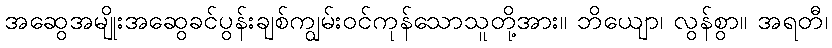
အဆွေအမျိုးအဆွေခင်ပွန်းချစ်ကျွမ်းဝင်ကုန်သောသူတို့အား။ ဘိယျော၊ လွန်စွာ။ အရတီ၊